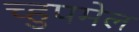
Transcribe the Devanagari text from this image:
च्हुपमेल